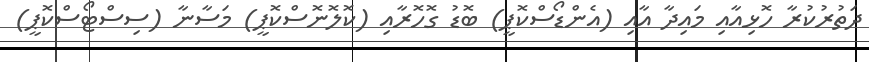
ދަތުރުކުރާ ހޮޅިއާއި މައިދާ އާއި (އެންޑޯސްކޮޕީ) ބޮޑު ގޮހޮރާއި (ކޮލޮނޮސްކޮޕީ) މަސާނާ (ސިސްޓޯސްކޮޕީ)